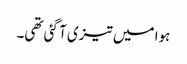
ہوا میں تیزی آ گئی تھی۔